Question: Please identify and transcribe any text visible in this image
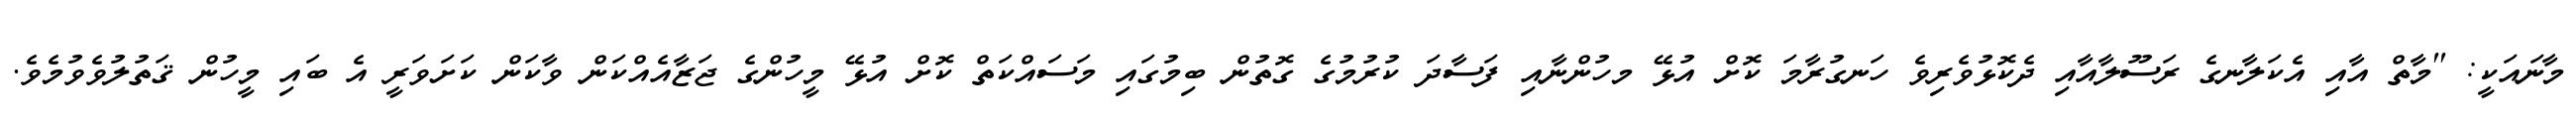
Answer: މާނައަކީ: ''މާތް އާއި އެކަލާނގެ ރަސޫލާއާއި ދެކޮޅުވެރިވެ ހަނގުރާމަ ކޮށް އުޅޭ މހުންނާއި ފަސާދަ ކުރުމުގެ ގޮތުން ބިމުގައި މަސައްކަތް ކޮށް އުޅޭ މީހުންގެ ޖަޒާއެއްކަން ވާކަން ކަށަވަރީ އެ ބައި މީހުން ޤަތުލުވެވުމެވެ.